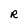
Character: R